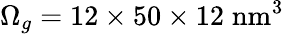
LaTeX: \Omega_{g}=12\times 50\times 12\; \mathrm{nm}^{3}